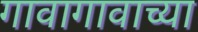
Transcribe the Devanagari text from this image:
गावागावाच्या